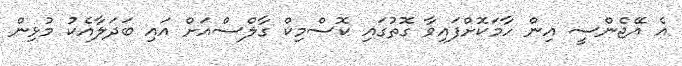
އެ އޭޖެންސީ އިން ހާމަކޮށްފައިވާ ގޮތުގައި ކޮސްމިކް ގާލްސްއަށް އައި ބަދަލާއެކު މުޅިން